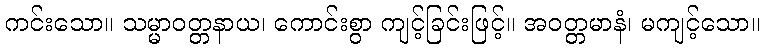
ကင်းသော။ သမ္မာဝတ္တနာယ၊ ကောင်းစွာ ကျင့်ခြင်းဖြင့်။ အဝတ္တမာနံ၊ မကျင့်သော။